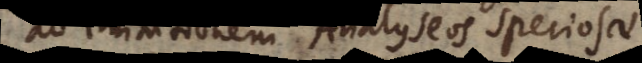
ad imitationem Analyseos speciosae.